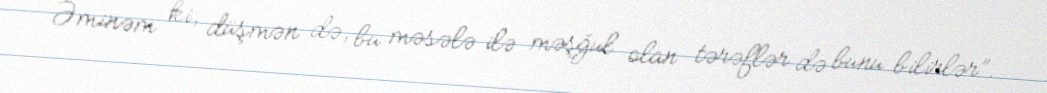
Əminəm ki, düşmən də, bu məsələ ilə məşğul olan tərəflər də bunu bilirlər”.